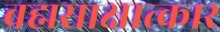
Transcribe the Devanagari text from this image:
ब्रह्मसाक्षात्कार